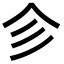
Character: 㐱